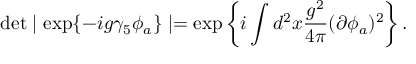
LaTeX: \operatorname * { d e t } \mid \exp \{ - i g \gamma _ { 5 } \phi _ { a } \} \mid = \exp \left\{ i \int d ^ { 2 } x \frac { g ^ { 2 } } { 4 \pi } ( \partial \phi _ { a } ) ^ { 2 } \right\} .